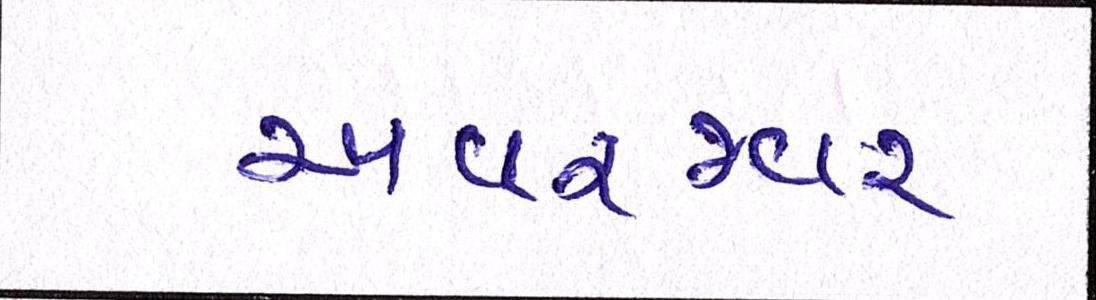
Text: અવરજવર